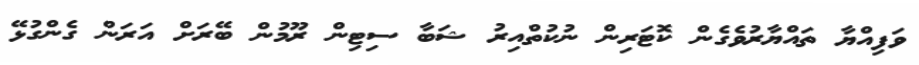
ވަފިއްޔާ ތައްޔާރުވެގެން ކޮޓަރިން ނުކުތްއިރު ޝަބާ ސިޓިން ރޫމުން ބޭރަށް އަރަން ގެންގުޅޭ